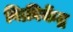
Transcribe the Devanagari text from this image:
विक्रीकेंद्र